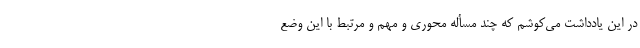
در این یادداشت می‌کوشم که چند مسأله محوری و مهم و مرتبط با این وضع